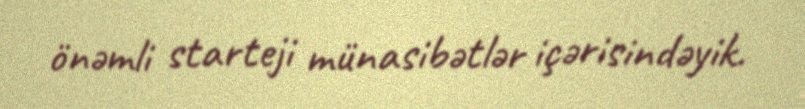
önəmli starteji münasibətlər içərisindəyik.